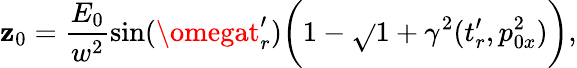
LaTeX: \mathbf{z}_{0}=\frac{{E_{0}}}{{w^{2}}}\sin(\omegat_{r}^{\prime})\biggl(1-\sqrt{}{{1+\gamma^{2}(t_{r}^{\prime},p_{0x}^{2}}})\biggr),